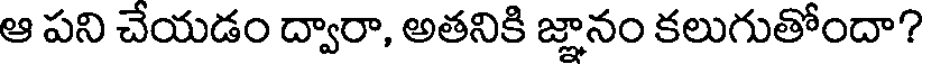
ఆ పని చేయడం ద్వారా, అతనికి జ్ఞానం కలుగుతోందా?